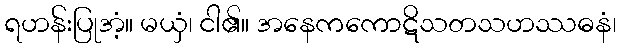
ရဟန်းပြုအံ့။ မယှံ၊ ငါ၏။ အနေကကောဋိသတသဟဿဓနံ၊